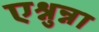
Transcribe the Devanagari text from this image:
एश्नुन्ना